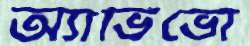
অ্যাভিভো